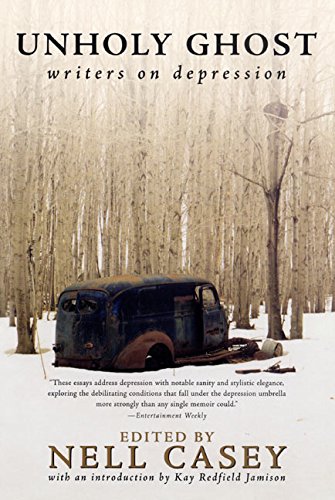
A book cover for Unholy Ghost: Writers on Depression; Nell Casey; Health, Fitness & Dieting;